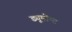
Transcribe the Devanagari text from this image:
ड्यूमोन्ट